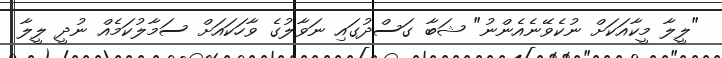
"ލީލާ މީކާއަކަށް ނުކެވޭނެއެންނު" ޝަބާ ގަސްދުގައި ނަވާލުގެ ވާހަކައަށް ސަމާލުކަމެއް ނުދީ ލީލާ